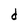
Character: d